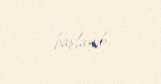
başlayıb.